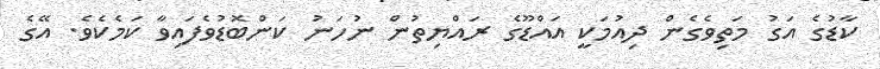
ކާޑުގެ އަގު މަތިވެގެން ދިއުމަކީ އައްޑޫގެ ރައްޔިތުން ނުހަނު ކަންބޮޑުވެފައިވާ ކަމެކެވެ. އޭގެ